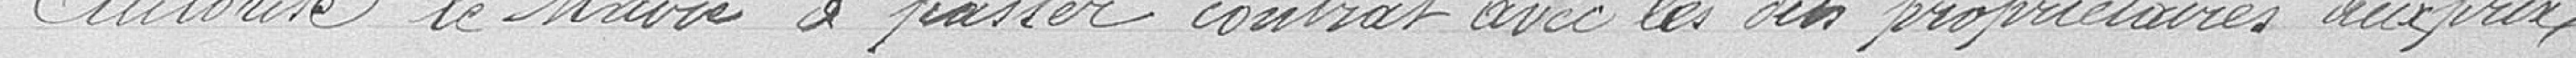
Autorise le Maire à passer contrat avec les dits propriétaires aux prix